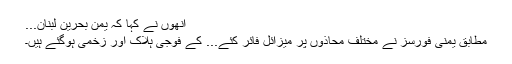
انھوں نے کہا کہ یمن بحرین لبنان...
مطابق یمنی فورسز نے مختلف محاذوں پر میزائل فائر کئے... کے فوجی ہلاک اور زخمی ہوگئے ہیں۔